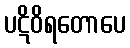
ပဋိဝိရတောပေ